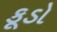
કૂડો